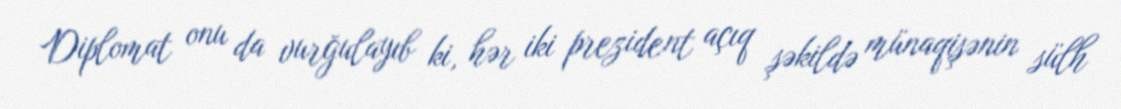
Diplomat onu da vurğulayıb ki, hər iki prezident açıq şəkildə münaqişənin sülh